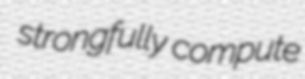
strongfully compute